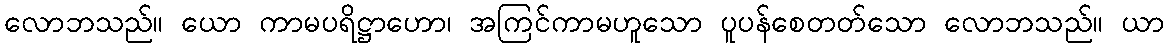
လောဘသည်။ ယော ကာမပရိဋ္ဌာဟော၊ အကြင်ကာမဟူသော ပူပန်စေတတ်သော လောဘသည်။ ယာ